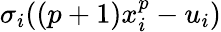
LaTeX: \sigma_{i}((p+1)x_{i}^{p}-u_{i})